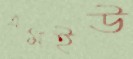
এমইউ